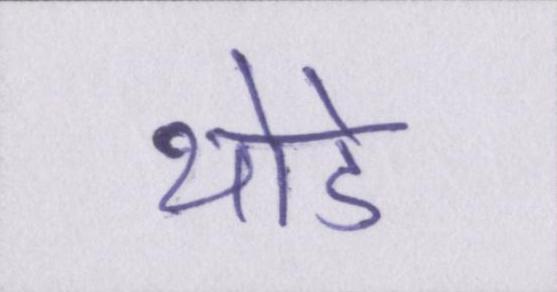
थोडे